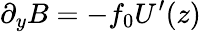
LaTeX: \partial_{y}B=-f_{0}U’(z)